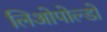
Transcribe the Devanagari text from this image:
लिओपोल्डो